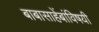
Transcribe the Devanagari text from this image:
बाबासाहेंबांविषयी